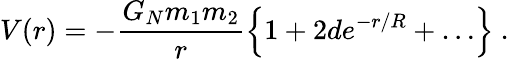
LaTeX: V(r)=-\frac{G_{N}m_{1}m_{2}}{r}\left\{ 1+2de^{-r/R}+\ldots\right\} ~.